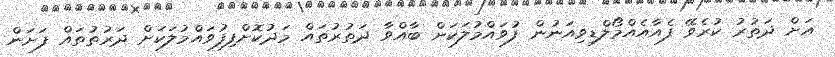
އަށް ދަތުރު ކުރެވޭ ފެއާއެއްމޯލްޑިވިއަނުން ފުވައްމުލަކަށް ބާއްވާ ދަތުރުތައް މަދުކޮށްފިފުވައްމުލަކަށް ދަރުތުތައް ފަށަން